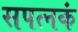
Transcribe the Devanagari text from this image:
सपत्नकं